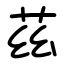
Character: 茲